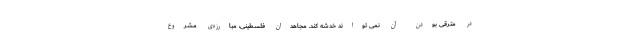
در مترقّی بودن آن نمی تواند خدشه کند. مجاهدان فلسطینی، مبارزه‌ی مشروع